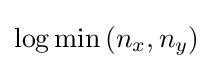
\log \min \left(n_{x},n_{y}\right)